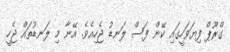
ގްރޫޕް ފިޔަވަހީގައި ކޭން ފަސް ލަނޑު ޖެހިއެވެ. އޭނާ މި ލަނޑުތައް ޖެހީ